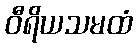
ဝီရိယသမထံ